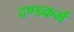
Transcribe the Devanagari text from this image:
दण्डकर्म